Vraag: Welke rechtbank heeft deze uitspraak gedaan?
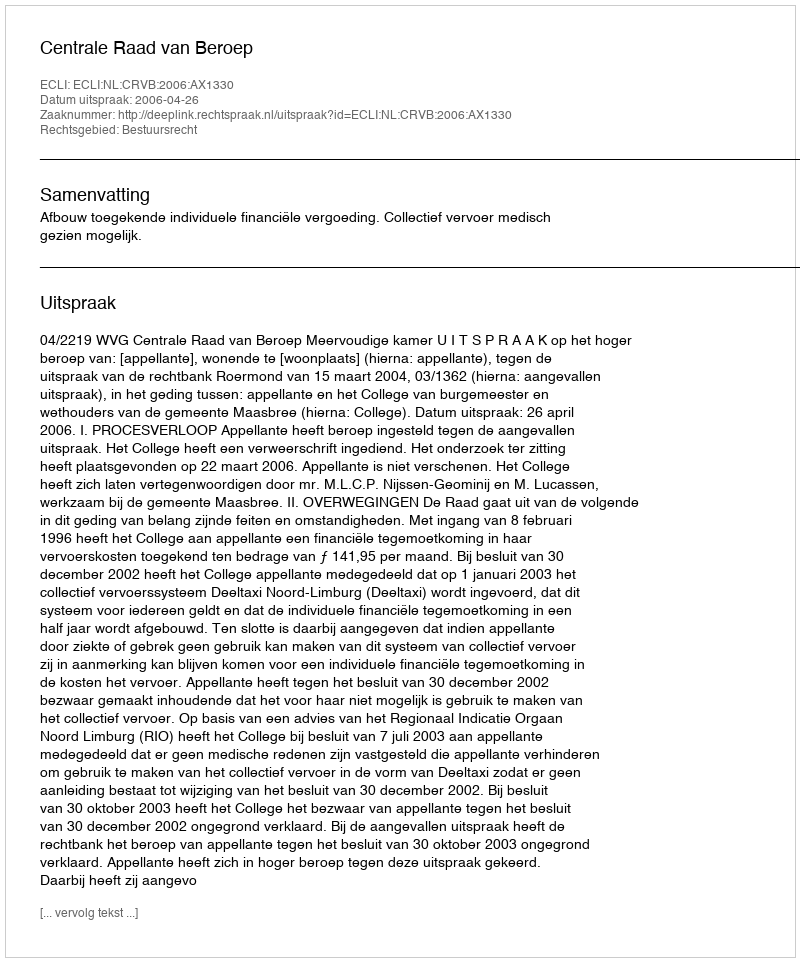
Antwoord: Centrale Raad van Beroep